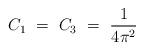
LaTeX: \begin{align*}C_1\ =\ C_3\ =\ \frac{1}{4\pi^2}\end{align*}